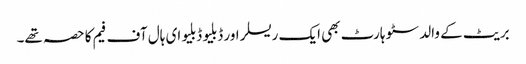
بریٹ کے والد سٹو ہارٹ بھی ایک ریسلر اور ڈبلیو ڈبلیو ای ہال آف فیم کا حصہ تھے۔